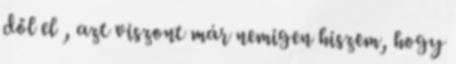
dől el , azt viszont már nemigen hiszem, hogy